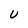
Character: U